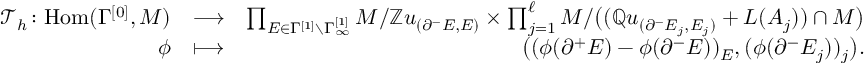
\begin{array} { r l r } { \, \, \, \, \, \, \, \, \, \mathcal { T } _ { h } \colon \mathrm { H o m } ( \Gamma ^ { [ 0 ] } , M ) } & { \longrightarrow } & { \prod _ { E \in \Gamma ^ { [ 1 ] } \setminus \Gamma _ { \infty } ^ { [ 1 ] } } M / \mathbb { Z } u _ { ( \partial ^ { - } E , E ) } \times \prod _ { j = 1 } ^ { \ell } M / \big ( ( \mathbb { Q } u _ { ( \partial ^ { - } E _ { j } , E _ { j } ) } + L ( A _ { j } ) ) \cap M \big ) } \\ { \phi } & { \longmapsto } & { \big ( ( \phi ( \partial ^ { + } E ) - \phi ( \partial ^ { - } E ) ) _ { E } , ( \phi ( \partial ^ { - } E _ { j } ) ) _ { j } \big ) . } \end{array}